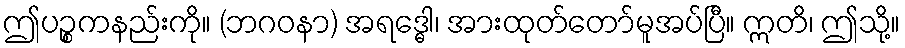
ဤပဉ္စကနည်းကို။ (ဘဂဝနာ) အရဒ္ဓေါ၊ အားထုတ်တော်မူအပ်ပြီ။ ဣတိ၊ ဤသို့။